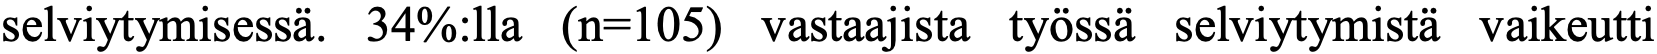
selviytymisessä. 34%:lla (n=105) vastaajista työssä selviytymistä vaikeutti